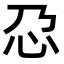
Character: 𫹭